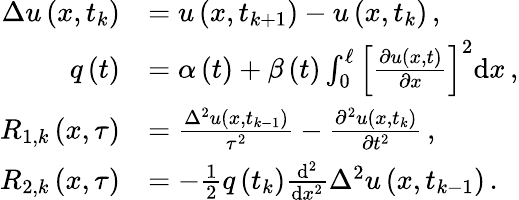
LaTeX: \begin{array}{rl}{{\Delta}u\left(x,{t}_{k}\right)}&{=u\left(x,{t}_{k+1}\right)-u\left(x,{t}_{k}\right)\, ,}\\ {q\left(t\right)}&{=\alpha\left(t\right)+\beta\left(t\right)\int_{0}^{\ell}{\left[\frac{\partial u\left(x,t\right)}{\partial x}\right]}^{2}\mathrm{d}x\, ,}\\ {{R}_{1,k}\left(x,\tau\right)}&{=\frac{{\Delta}^{2}u\left(x,{t}_{k-1}\right)}{{\tau}^{2}}-\frac{{\partial}^{2}u\left(x,{t}_{k}\right)}{\partial{t}^{2}}\, ,}\\ {{R}_{2,k}\left(x,\tau\right)}&{=-\frac{1}{2}q\left({t}_{k}\right)\frac{\mathrm{d}^{2}}{\mathrm{d}{x}^{2}}{\Delta}^{2}u\left(x,{t}_{k-1}\right)\, .}\end{array}